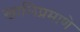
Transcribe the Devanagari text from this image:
खालिप्रमाणे